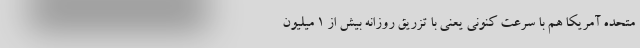
متحده آمریکا هم با سرعت کنونی یعنی با تزریق روزانه بیش از 1 میلیون